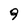
Character: 9